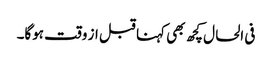
فی الحال کچھ بھی کہنا قبل از وقت ہوگا۔